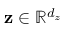
\mathbf { z } \in \mathbb { R } ^ { d _ { z } }